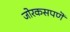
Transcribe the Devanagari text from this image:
जोरकसपणॆ